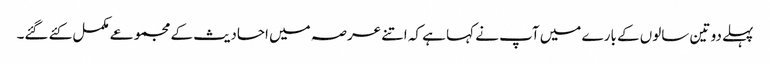
پہلے دو تین سالوں کے بارے میں آپ نے کہا ہے کہ اتنے عرصہ میں احادیث کے مجموعے مکمل کئے گئے۔